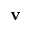
\mathbf { v }